Vaccination in the Punjab 1905-1918 - 1905-1918
Year: 1905
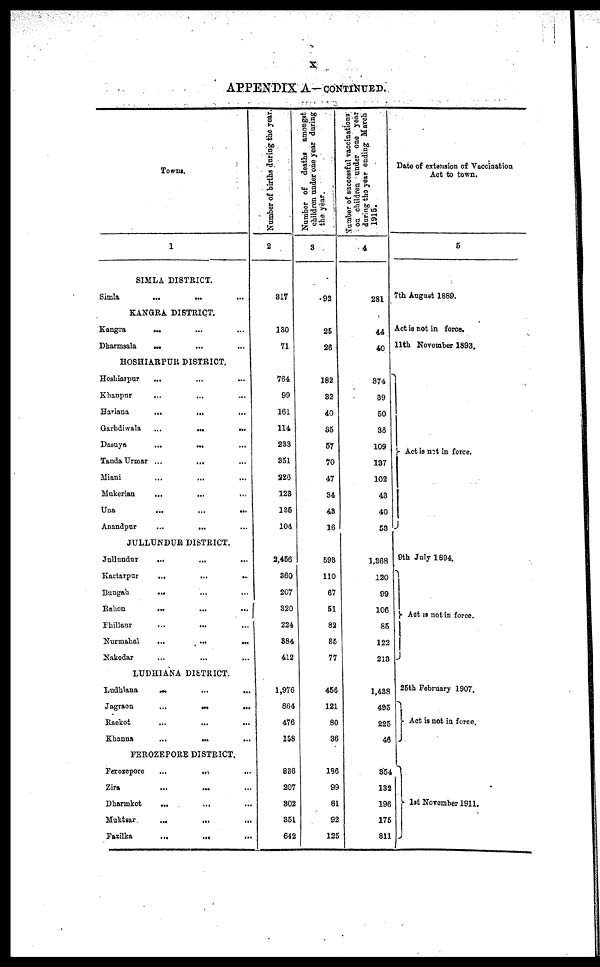
x
APPENDIX A— CONTINUED.
Towns.
1
SIMLA DISTRICT.
Simla
...
...
...
KANGRA DISTRICT.
Kangra ... ... ...
Dharmsala
...
... ...
HOSHIARPUR DISTRICT.
Hoshiarpur
... ... ...
Khanpur
...
...
...
Hariana
...
...
...
Garhdiwala
...
...
...
Dasuya
...
... ...
Tanda Urmar ...
...
...
Miani ... ... ...
Mukerian
...
...
...
Una
...
...
...
Anandpur
...
... ...
JULLUNDUR DISTRICT.
Jullundur
...
...
...
Kartarpur
...
...
...
Bungah
...
...
...
Rahon
... ... ...
Phillaur
...
... ...
Nurmahal
...
...
...
Nakodar
...
... ...
LUDHIANA DISTRICT.
Ludhiana
...
...
...
Jagraon
...
...
...
Raekot
...
...
...
Khanna
...
...
...
FEROZEPORE DISTRICT.
Ferozepore
...
...
...
Zira
...
... ...
Dharmkot
... ... ...
Muktsar
...
... ...
Fazilka
...
...
...
Number of births during the year.
2
317
130
71
764
99
161
114
233
351
226
123
135
104
2,456
360
207
320
224
384
412
1,976
864
476
158
836
207
302
351
642
Number of deaths amongst
children under one year during
the year.
3
92
25
26
182
32
40
35
57
70
47
34
43
16
593
110
67
51
82
85
77
456
121
80
36
186
99
61
92
125
Number of successful vaccinations
on children under one year
during the year ending March
1915.
4
281
44
40
374
39
50
36
109
137
102
43
40
53
1,368
120
99
106
85
122
213
1,438
495
225
46
354
132
196
175
311
Date of extension of Vaccination
Act to town.
5
7th August 1889.
Act is not in force.
11th November 1893.
Act is not in force.
9th July 1894.
Act is not in force.
25th February 1907.
Act is not in force.
1st November 1911.